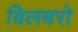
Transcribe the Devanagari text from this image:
बिलबरो